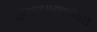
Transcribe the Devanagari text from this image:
क्षेत्ररक्षकांनी